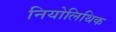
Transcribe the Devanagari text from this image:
नियोलिथिक